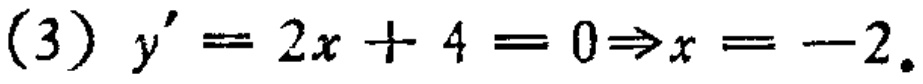
\((3)\) \(y' = 2x + 4 = 0\Rightarrow x = -2\)